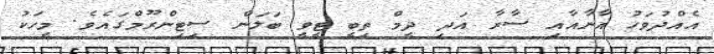
އެއްދުވަހު އާނާއާއި ސާރާ އަދި ދީމް ތިބީ ޓީވީ ބަލަން ސިޓިންރޫމްގައެވެ. މީހަކު